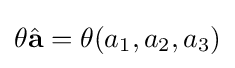
\theta {\hat {\mathbf {a} }}=\theta (a_{1},a_{2},a_{3})